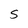
Character: S